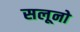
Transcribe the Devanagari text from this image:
सलूनो